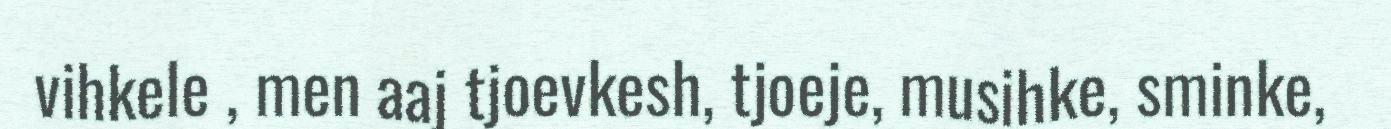
vihkele , men aaj tjoevkesh, tjoeje, musihke, sminke,